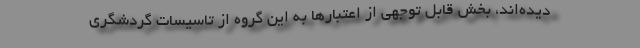
دیده‌اند، بخش قابل توجهی از اعتبارها به این گروه از تاسیسات گردشگری